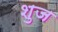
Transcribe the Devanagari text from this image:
शुज